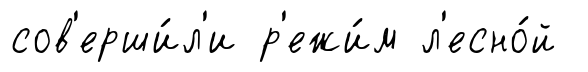
сов'ерши́л'и р'ежи́м л'есно́й